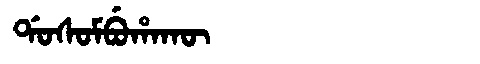
Manchu: ᡩᠣᠰᠣᠮᠪᡠᡥᠠᡴᡡ
Romanization: DOSOMBUHAKŪ